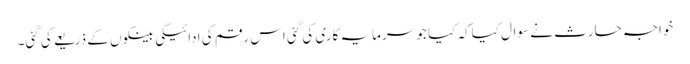
خواجہ حارث نے سوال کیاکہ کیا جو سرمایہ کاری کی گئی اس رقم کی ادائیگی بینکوں کے ذریعے کی گئی۔